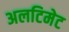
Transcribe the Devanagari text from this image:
अलटिमेट